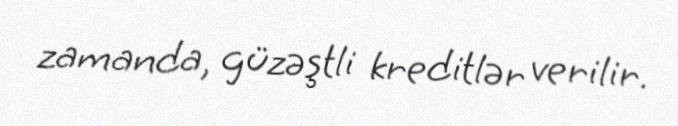
zamanda, güzəştli kreditlər verilir.